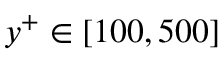
y ^ { + } \in \left[ 1 0 0 , 5 0 0 \right]